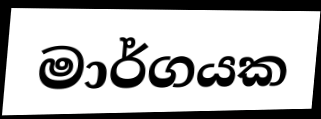
මාර්ගයක